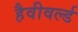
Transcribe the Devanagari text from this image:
हैवीवर्ल्ड